Eestimaa_Kommunistliku_Partei_Keskkomitee, lk 61
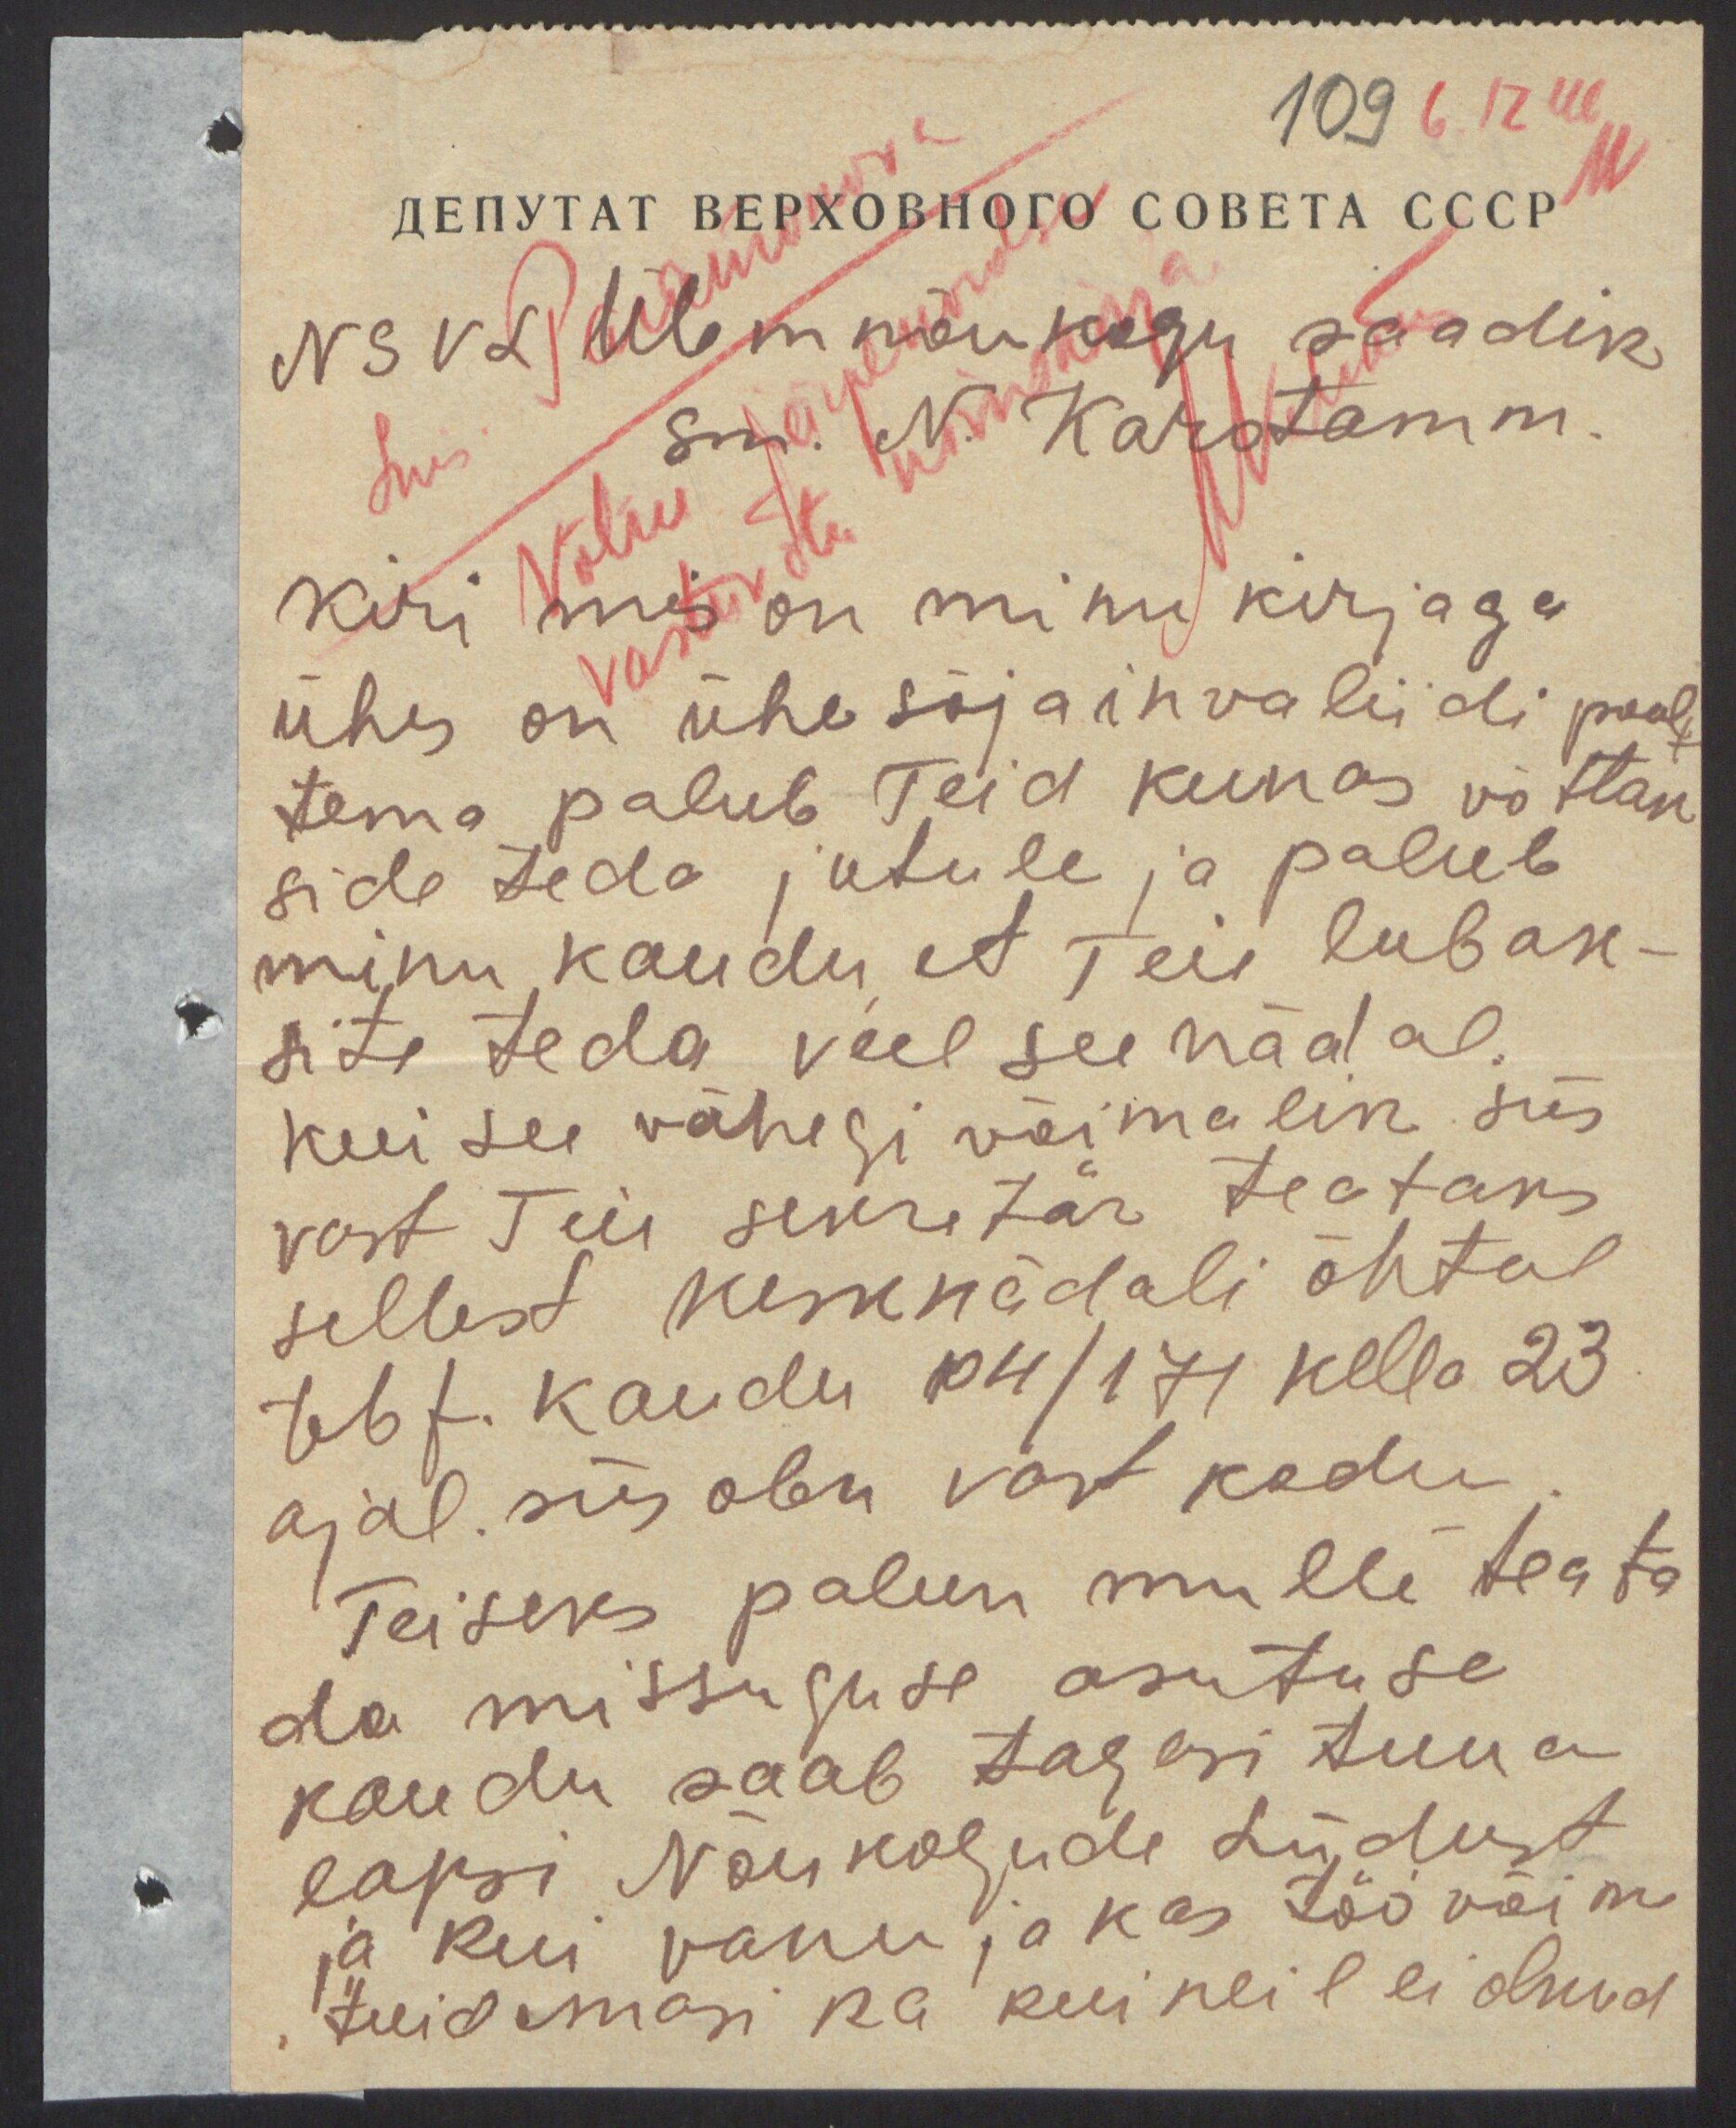
109 6.12 46
NSVL Ülemnõukogu saadik
sm. N. Karotamm.
Kiri mis on minu kirjaga
ühes on ühe sõja invaliidi poolt
tema palub Teid kunas võttan
side teda jutule ja palub
minu kaudu, et Teie lubak-
site teda veel see nädal,
kui see vähegi võimalik siis
vast Teie sekretär teataks
sellest kesknädali õhtul
telef. kaudu 104/171 kella 23
ajal. siis olen vast kodu
Teiseks palun mulle teata
da missuguse asutuse
kaudu saab tagasi tuua
lapsi Nõukogude Liidust
ja kui vanu ja kas töövõim
tuid emasi ka kui neil ei olnud